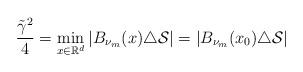
LaTeX: \begin{align*}\frac{\tilde{\gamma}^2}{4}=\min_{x\in \mathbb{R}^d}|B_{\nu_m}(x)\triangle \mathcal{S}|=|B_{\nu_m}(x_0)\triangle \mathcal{S}|\end{align*}